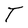
Character: T